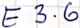
Text: E3.6